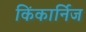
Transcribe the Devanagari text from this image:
किंकार्निज